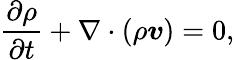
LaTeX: \frac{\partial\rho}{\partial t}+\nabla\cdot(\rho\boldsymbol{v})=0,